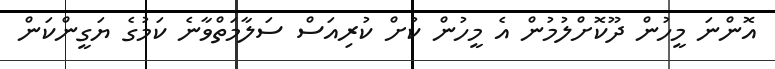
އޮންނަ މީހުން ދޫކޮށްލުމުން އެ މީހުން ކުށް ކުރިއަސް ސަލާމަތްވާނެ ކަމުގެ ޔަގީންކަން